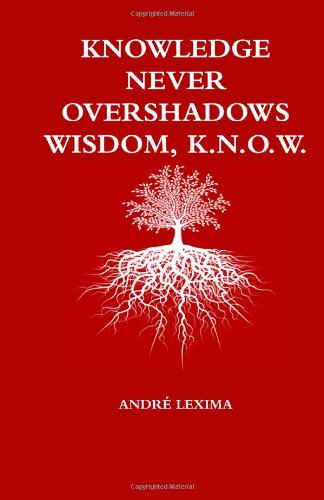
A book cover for Knowledge Never Overshadows Wisdom, K.N.O.W.; AndrÃ© Lexima; Teen & Young Adult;